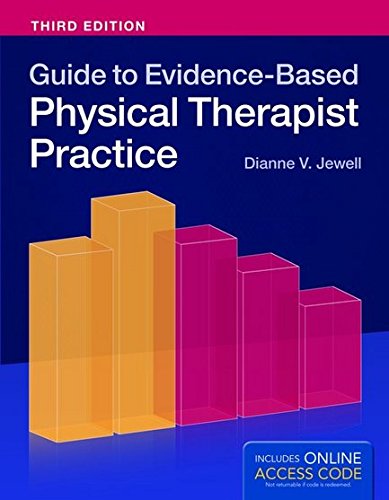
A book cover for Guide To Evidence-Based Physical Therapist Practice; Dianne V. Jewell; Medical Books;